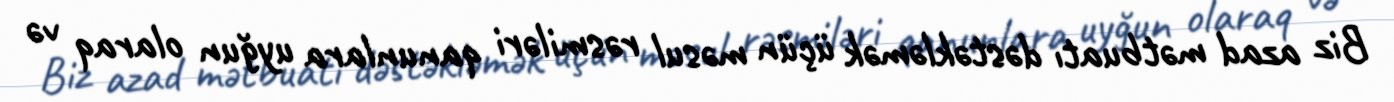
Biz azad mətbuatı dəstəkləmək üçün məsul rəsmiləri qanunlara uyğun olaraq və